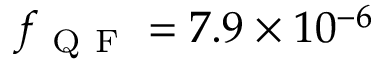
f _ { \mathrm { ~ Q ~ F ~ } } = 7 . 9 \times 1 0 ^ { - 6 }